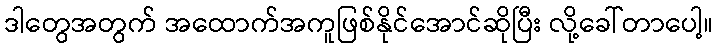
ဒါတွေအတွက် အထောက်အကူဖြစ်နိုင်အောင်ဆိုပြီး လို့ခေါ်တာပေါ့။